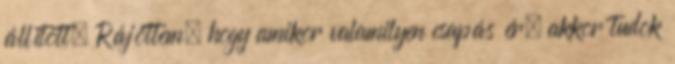
állított. Rájöttem, hogy amikor valamilyen csapás ér, akkor tudok